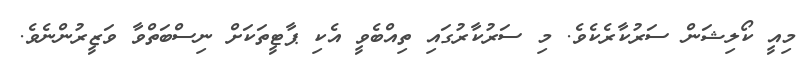
މިއީ ކޯލިޝަން ސަރުކާރެކެވެ. މި ސަރުކާރުގައި ތިއްބެވީ އެކި ޕާޓީތަކަށް ނިސްބަތްވާ ވަޒީރުންނެވެ.